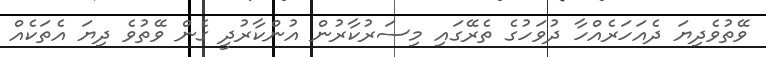
ވޭތުވެދިޔަ ދެއަހަރެއްހާ ދުވަހުގެ ތެރޭގައި މިސަރުކާރުން އުންކާރުދީ ގެން ވޭތުވެ ދިޔަ އެތަކެއް